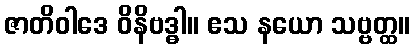
ဇာတိဝါဒေ ဝိနိဗဒ္ဓါ။ ဧသ နယော သဗ္ဗတ္ထ။